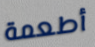
أطعمة